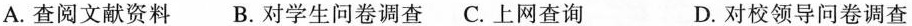
A. 查阅文献资料 B. 对学生问卷调查 C.上网查询 D. 对校领导问卷调查